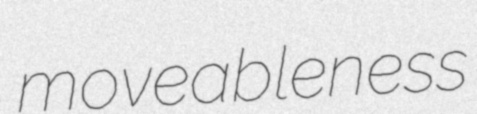
moveableness